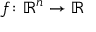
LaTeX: f \colon \mathbb { R } ^ { n } \to \mathbb { R }